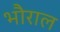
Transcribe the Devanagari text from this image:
भौराल